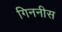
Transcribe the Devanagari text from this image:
गिननीस